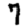
Digit: 7